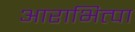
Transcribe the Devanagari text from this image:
आराभित्पा